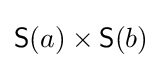
{\mathsf {S}}(a)\times {\mathsf {S}}(b)